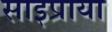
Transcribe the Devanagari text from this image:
साइप्राया